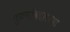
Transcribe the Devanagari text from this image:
पुरुषांबद्दलच्या